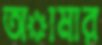
অামার